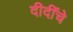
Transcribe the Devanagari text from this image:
दीदींचे